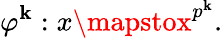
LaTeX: \varphi^{\mathbf{k}}:x\mapstox^{p^{\mathbf{k}}}.